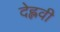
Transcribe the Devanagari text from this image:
देह्लवी